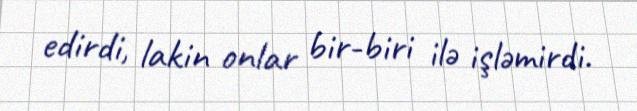
edirdi, lakin onlar bir-biri ilə işləmirdi.